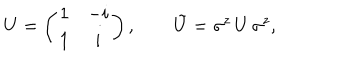
U = \left( \begin{matrix} { { 1 } } & { { - i } } \\ { { 1 } } & { { i } } \\ \end{matrix} \right) , \qquad \tilde { U } = \sigma ^ { z } \, U \, \sigma ^ { z } ,